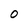
Character: 0